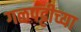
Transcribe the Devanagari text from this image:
गळपट्टीच्या